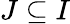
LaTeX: J\subseteq I